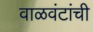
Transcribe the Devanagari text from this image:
वाळवंटांची